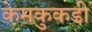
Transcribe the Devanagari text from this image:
केमकुकडी